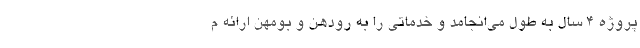
پروژه 4 سال به طول می‌انجامد و خدماتی را به رودهن و بومهن ارائه م